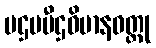
ပဌမပီဌဝိမာနဝတ္ထု